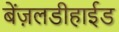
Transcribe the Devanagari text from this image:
बेंज़लडीहाईड